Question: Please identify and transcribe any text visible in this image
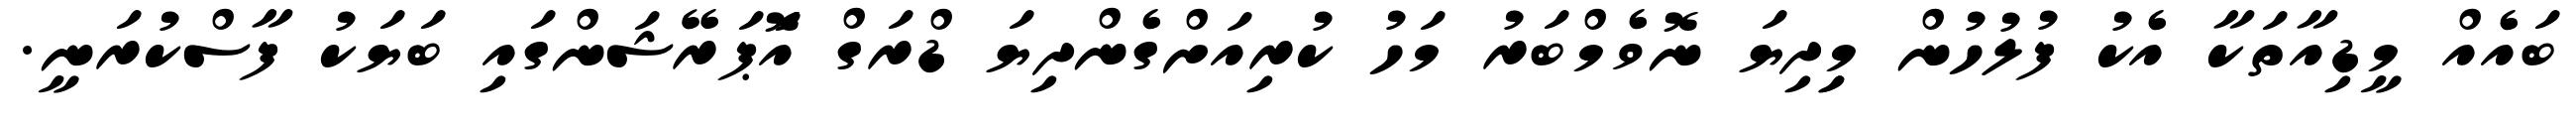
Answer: ބައެއް މީޑިއާތަކާ އެކު ފުލުހުން މިިދިޔަ ނޮވެމްބަރު މަހު ކުރިއަށްގެންދިޔަ ޑްރަގް އޮަޕަރޭޝަންގައި ބަޔަކު ފާސްކުރަނީ.